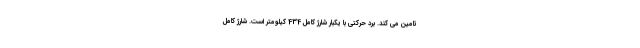
تامین می کند. برد حرکتی با یکبار شارژ کامل 434 کیلومتر است. شارژ کامل